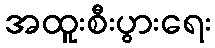
အထူးစီးပွားရေး